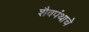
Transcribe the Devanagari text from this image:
शैवपंथाचे